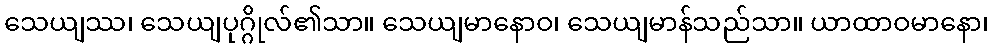
သေယျဿ၊ သေယျပုဂ္ဂိုလ်၏သာ။ သေယျမာနောဝ၊ သေယျမာန်သည်သာ။ ယာထာဝမာနော၊